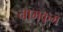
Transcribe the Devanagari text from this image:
नामकुम